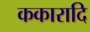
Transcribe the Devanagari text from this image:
ककारादि